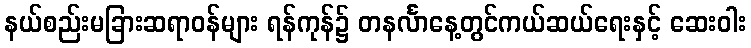
နယ်စည်းမခြားဆရာဝန်များ ရန်ကုန်၌ တနင်္လာနေ့တွင်ကယ်ဆယ်ရေးနှင့် ဆေးဝါး